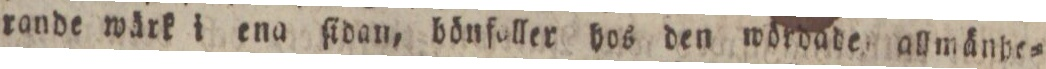
rande wärk i ena ſidan, bönfaller hos den wöroade allmänbe=